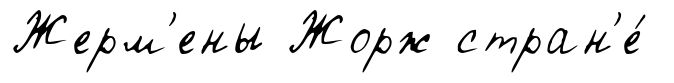
Жерм'ены Жорж стран'е́